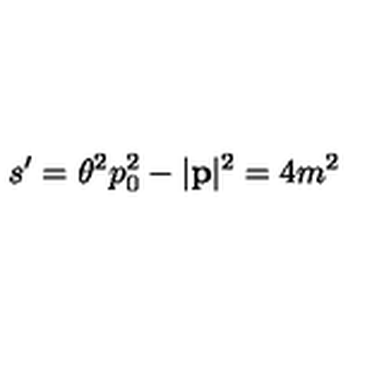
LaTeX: s ^ { \prime } = \theta ^ { 2 } p _ { 0 } ^ { 2 } - | \mathbf { p } | ^ { 2 } = 4 m ^ { 2 }